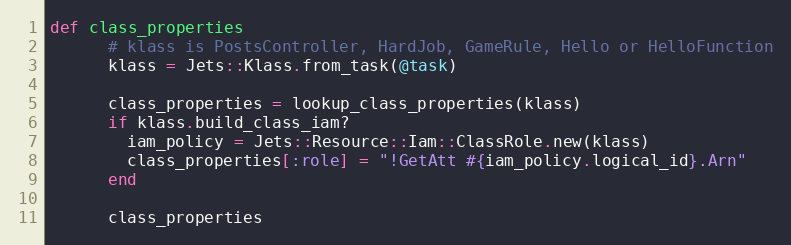
Language: Ruby
def class_properties
      # klass is PostsController, HardJob, GameRule, Hello or HelloFunction
      klass = Jets::Klass.from_task(@task)

      class_properties = lookup_class_properties(klass)
      if klass.build_class_iam?
        iam_policy = Jets::Resource::Iam::ClassRole.new(klass)
        class_properties[:role] = "!GetAtt #{iam_policy.logical_id}.Arn"
      end

      class_properties